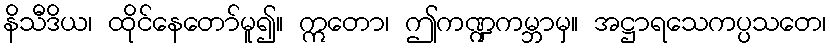
နိသီဒိယ၊ ထိုင်နေတော်မူ၍။ ဣတော၊ ဤကဏ္ဍကမ္ဘာမှ။ အဋ္ဌာရသေကပ္ပသတေ၊